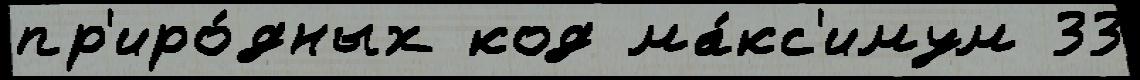
пр'иро́дных код ма́кс'имум 33